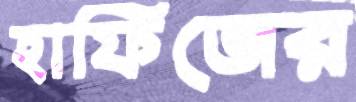
হাফিজের